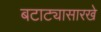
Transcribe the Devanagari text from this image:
बटाट्यासारखे